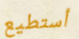
أستطيع